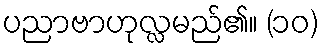
ပညာဗာဟုလ္လမည်၏။ (၁၀)